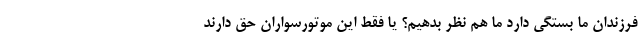
فرزندان ما بستگی دارد ما هم نظر بدهیم؟ یا فقط این موتورسواران حق دارند